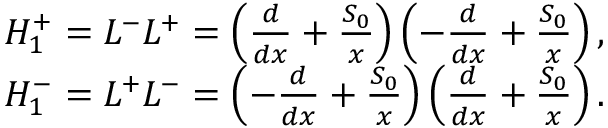
\begin{array} { r l } & { H _ { 1 } ^ { + } = L ^ { - } L ^ { + } = \left( \frac { d } { d x } + \frac { S _ { 0 } } { x } \right) \left( - \frac { d } { d x } + \frac { S _ { 0 } } { x } \right) , } \\ & { H _ { 1 } ^ { - } = L ^ { + } L ^ { - } = \left( - \frac { d } { d x } + \frac { S _ { 0 } } { x } \right) \left( \frac { d } { d x } + \frac { S _ { 0 } } { x } \right) . } \end{array}